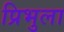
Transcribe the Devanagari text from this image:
प्रिभुला